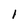
Character: l